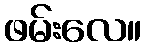
ဖမ်းလေ။